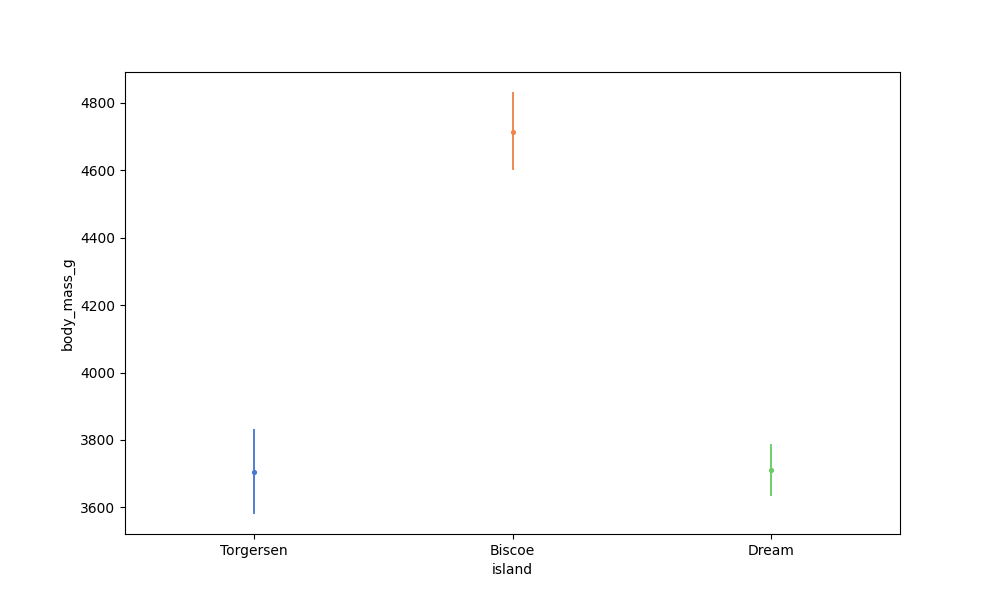
python, seaborn, pointplot, scale=0.5, join=True, hue='None', palette='muted'